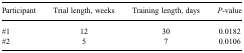
| Participant | Trial length, weeks | Training length, days | P-value |
 | --- | --- | --- | --- |
 | #1 | 12 | 30 | 0.0182 |
 | #2 | 5 | 7 | 0.0106 |